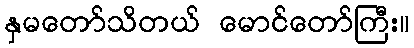
နှမတော်သိတယ် မောင်တော်ကြီး။